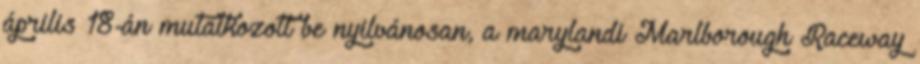
április 18-án mutatkozott be nyilvánosan, a marylandi Marlborough Raceway